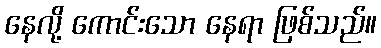
နေလို့ ကောင်းသော နေရာ ဖြစ်သည်။